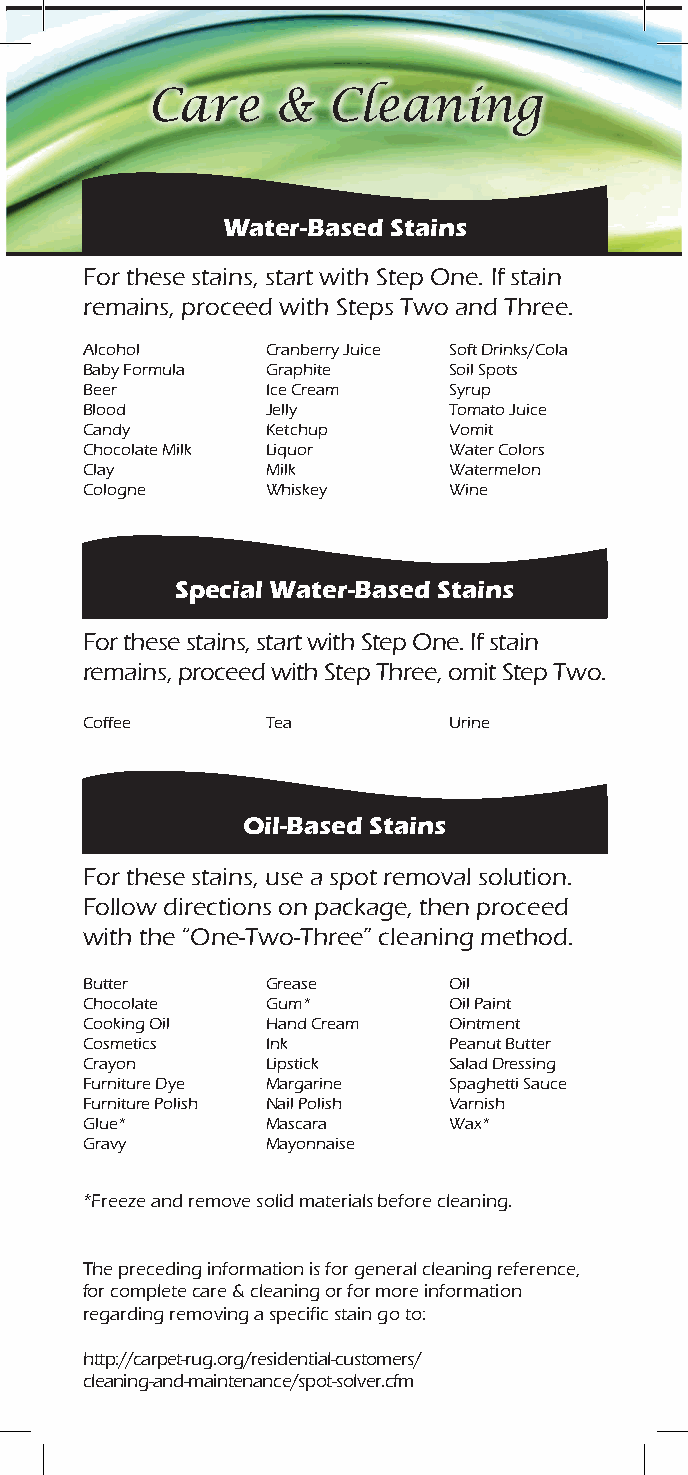
Care    &   Cleaning
 Water-Based Stains
 For these stains, start with Step One. If stain
 remains, proceed with Steps Two and Three.
 Alcohol      Cranberry Juice Soft Drinks/Cola
 Baby Formula Graphite    Soil Spots
 Beer         Ice Cream   Syrup
 Blood        Jelly       Tomato Juice
 Candy        Ketchup     Vomit
 Chocolate Milk Liquor    Water Colors
 Clay         Milk        Watermelon
 Cologne      Whiskey     Wine
 Special Water-Based Stains
 For these stains, start with Step One. If stain
 remains, proceed with Step Three, omit Step Two.
 Coffee       Tea         Urine
 Oil-Based Stains
 For these stains, use a spot removal solution.
 Follow directions on package, then proceed
 with the “One-Two-Three” cleaning method.
 Butter       Grease      Oil
 Chocolate    Gum*        Oil Paint
 Cooking Oil  Hand Cream  Ointment
 Cosmetics    Ink         Peanut Butter
 Crayon       Lipstick    Salad Dressing
 Furniture Dye Margarine  Spaghetti Sauce
 Furniture Polish Nail Polish Varnish
 Glue*        Mascara     Wax*
 Gravy        Mayonnaise
 *Freeze and remove solid materials before cleaning.
 The preceding information is for general cleaning reference,
 for complete care & cleaning or for more information
 regarding removing a specific stain go to:
 http://carpet-rug.org/residential-customers/
 cleaning-and-maintenance/spot-solver.cfm